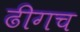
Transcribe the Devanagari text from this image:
ढीगच